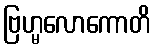
ဗြဟ္မလောကောတိ